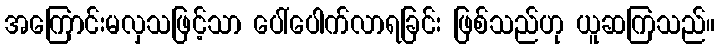
အကြောင်းမလှသဖြင့်သာ ပေါ်ပေါက်လာရခြင်း ဖြစ်သည်ဟု ယူဆကြသည်။